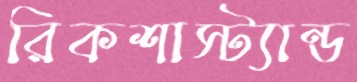
রিকশাস্ট্যান্ড